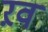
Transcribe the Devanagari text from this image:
ऱव